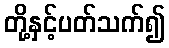
တို့နှင့်ပတ်သက်၍